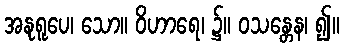
အနုရူပေ၊ သော။ ဝိဟာရေ၊ ၌။ ဝသန္တေန၊ ၍။